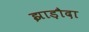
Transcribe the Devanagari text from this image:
झाड़ौदा